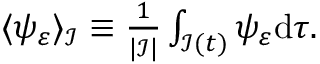
\begin{array} { r } { \langle \psi _ { \varepsilon } \rangle _ { \mathcal I } \equiv \frac { 1 } { | \mathcal I | } \int _ { \mathcal { I } ( t ) } \psi _ { \varepsilon } \mathrm { d } \tau . } \end{array}